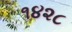
૧૪૨૮